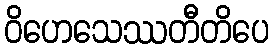
ဝိဟေသေဿတီတိပေ